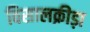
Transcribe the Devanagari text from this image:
विसालक्रीड़ा